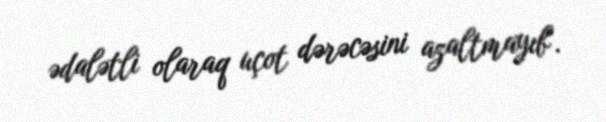
ədalətli olaraq uçot dərəcəsini azaltmayıb".